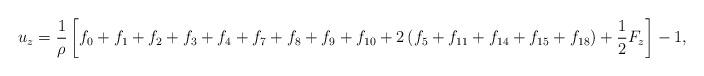
LaTeX: \begin{align*}{u_z} = \frac{1}{\rho }\left[ {{f_0} + {f_1} + {f_2} + {f_3} + {f_4} + {f_7} + {f_8} + {f_9} + {f_{10}} + 2\left( {{f_5} + {f_{11}} + {f_{14}} + {f_{15}} + {f_{18}}} \right) + \frac{1}{2}{F_z}} \right] - 1,\end{align*}